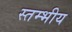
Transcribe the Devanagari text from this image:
स्तम्भीय